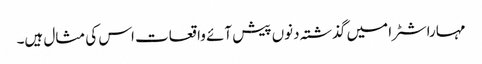
مہاراشٹرا میں گذشتہ دنوں پیش آئے واقعات اس کی مثال ہیں۔